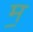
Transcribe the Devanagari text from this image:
म॒